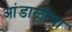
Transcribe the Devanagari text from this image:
आंडाळीचा